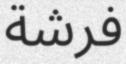
فرشة